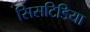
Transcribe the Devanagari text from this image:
सिसटिडिया